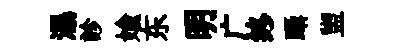
瀑診媮东明广终躡盥